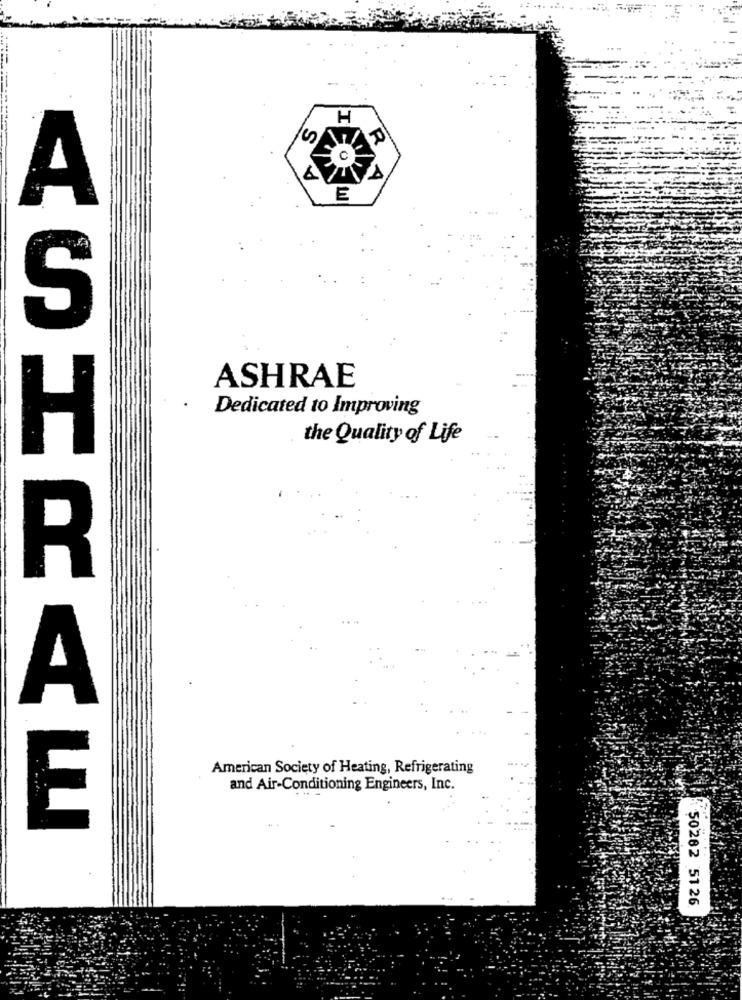
H
A
E
S
ASHRAE
Dedicated to Improving
the Quality of Life
H
R
A
American Society of Heating, Refrigerating
and Air-Conditioning Engineers, Inc.
E
50262 51 26